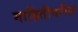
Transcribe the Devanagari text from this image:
माहितीवरील